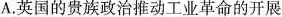
A.英国的贵族政治推动工业革命的开展